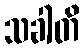
သခါတိ